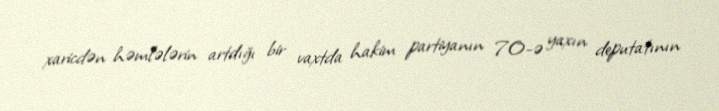
xaricdən həmlələrin artdığı bir vaxtda hakim partiyanın 70-ə yaxın deputatının